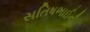
સતિષભાઈની